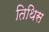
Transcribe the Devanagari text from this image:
तिथिस